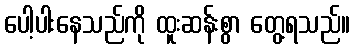
ပေါ့ပါးနေသည်ကို ထူးဆန်းစွာ တွေ့ရသည်။